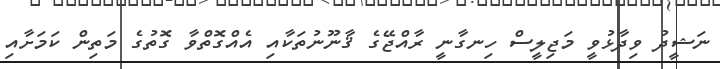
ނަޝީދު ވިދާޅުވީ މަޖިލީސް ހިނގާނީ ރާއްޖޭގެ ޤާނޫނުތަކާއި އެއްގޮތްވާ ގޮތުގެ މަތިން ކަމަށާއި